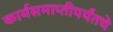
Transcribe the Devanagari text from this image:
कार्यसमाप्तीपर्यंतचे